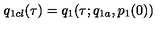
q _ { 1 c l } ( \tau ) = q _ { 1 } ( \tau ; q _ { 1 a } , p _ { 1 } ( 0 ) )